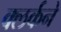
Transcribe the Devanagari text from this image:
क्लर्कने